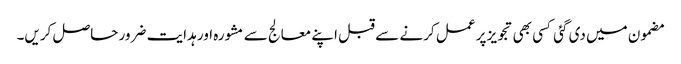
مضمون میں دی گئی کسی بھی تجویز پر عمل کرنے سے قبل اپنے معالج سے مشورہ اور ہدایت ضرور حاصل کریں۔